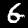
Digit: 6